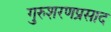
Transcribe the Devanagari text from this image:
गुरुशरणप्रसाद